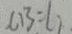
C B = 6 1